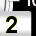
Digit: 2